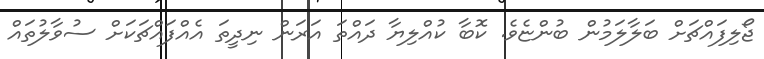
ޖޯލިފައްޗަށް ބަލާލަމުން ބުންޏެވެ. ކޮބާ ކުއްލިޔާ ދައްތަ އަރަން ނިދީތަ އެއްފައްޗަކަށް ސުވާލުތައް